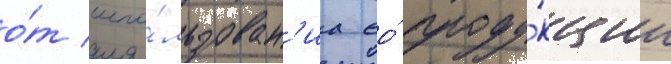
о́т испо́льзован'иа ео́ проду́кции